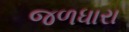
જળધારા